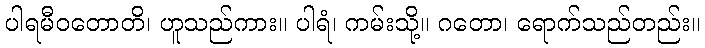
ပါရမီဝတောတိ၊ ဟူသည်ကား။ ပါရံ၊ ကမ်းသို့။ ဂတော၊ ရောက်သည်တည်း။